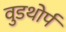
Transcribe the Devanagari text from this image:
वुडथोर्प